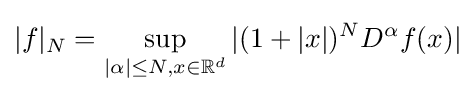
|f|_{N}=\sup _{|\alpha |\leq N,x\in \mathbb {R} ^{d}}|(1+|x|)^{N}D^{\alpha }f(x)|